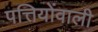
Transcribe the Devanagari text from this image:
पत्तियोंवाली